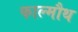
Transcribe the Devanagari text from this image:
फाल्मौथ